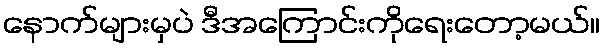
နောက်များမှပဲ ဒီအကြောင်းကိုရေးတော့မယ်။